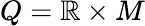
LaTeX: Q=\mathbb{R}\times M